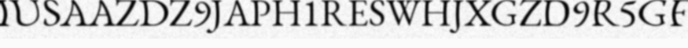
IUSAAZDZ9JAPH1RESWHJXGZD9R5GF